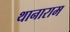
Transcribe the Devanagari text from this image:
थानाराम